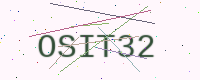
Text: OSIT32